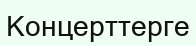
Концерттерге